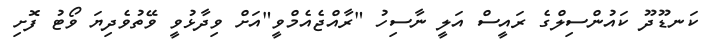
ކަނޑޫދޫ ކައުންސިލްގެ ރައީސް އަލީ ނާސިހު "ރާއްޖެއެމްވީ"އަށް ވިދާޅުވީ ވޭތުވެދިޔަ ވޯޓު ފޮށި